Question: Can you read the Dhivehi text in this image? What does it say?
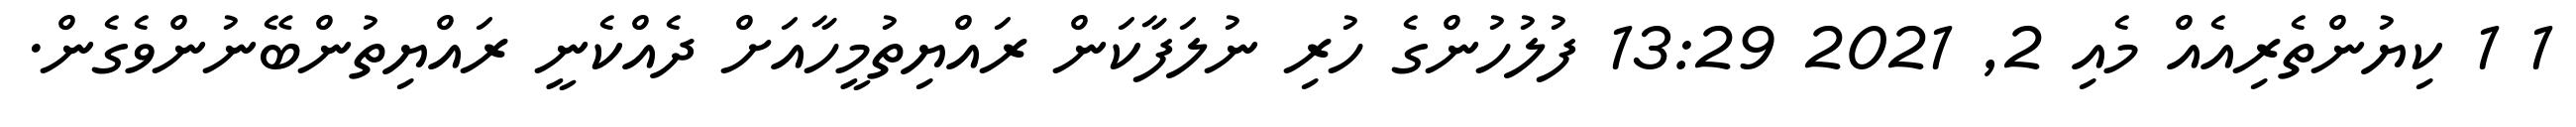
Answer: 1 1 ކިޔުންތެރިއެއް މެއި 2, 2021 13:29 ފުލުހުންގެ ހުރި ނުލަފާކަން ރައްޔިތުމީހާއަށް ދެއްކެނީ ރައްޔިތުންބޭނުންވެގެން.